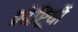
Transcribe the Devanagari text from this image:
प्रदेष्ट्रियों